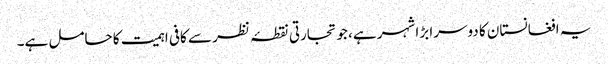
یہ افغانستان کا دوسرا بڑا شہر ہے، جو تجارتی نقطۂ نظر سے کافی اہمیت کا حامل ہے۔